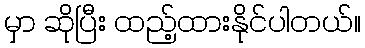
မှာ ဆိုပြီး ထည့်ထားနိုင်ပါတယ်။